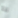
به